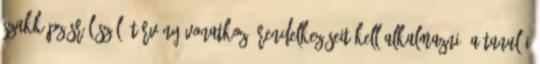
szakképzésről szóló törvény vonatkozó rendelkezéseit kell alkalmazni. A tanulói